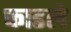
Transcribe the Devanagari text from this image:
फाडले